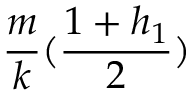
\frac { m } { k } ( \frac { 1 + h _ { 1 } } { 2 } )